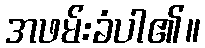
အဖမ်းခံပါ၏။